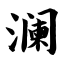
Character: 澜